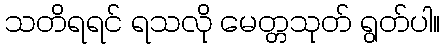
သတိရရင် ရသလို မေတ္တသုတ် ရွတ်ပါ။